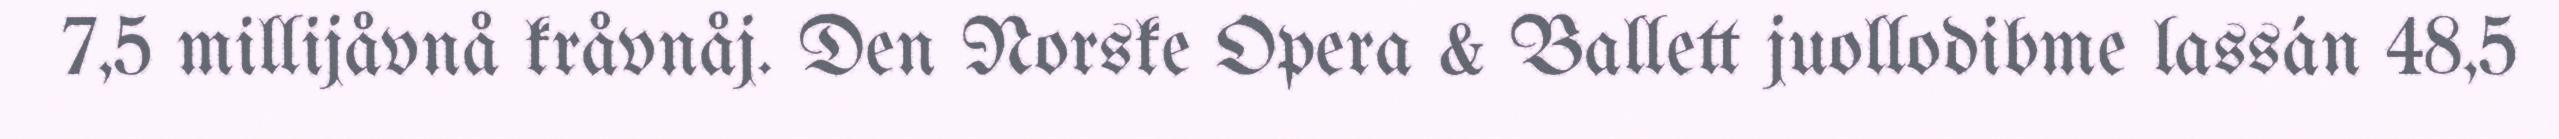
7,5 millijåvnå kråvnåj. Den Norske Opera & Ballett juollodibme lassán 48,5